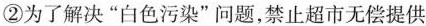
②为了解决”白色污染”问题，禁止超市无偿提供